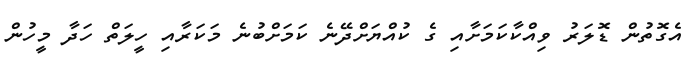
އެގޮތުން ޑޮލަރު ވިއްކާކަމަށާއި ގެ ކުއްޔަށްދޭނެ ކަމަށްބުނެ މަކަރާއި ހީލަތް ހަދާ މީހުން